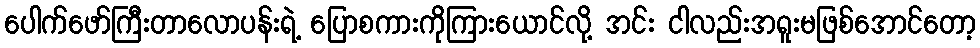
ပေါက်ဖော်ကြီးတာလောပန်းရဲ့ ပြောစကားကိုကြားယောင်လို့ အင်း ငါလည်းအရူးမဖြစ်အောင်တော့